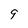
Character: 9